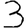
Digit: 3